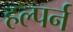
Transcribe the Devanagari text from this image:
हल्पर्न